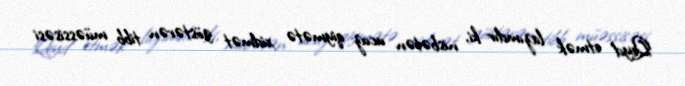
Qeyd etmək lazımdır ki, nisbətən ucuz qiymətə xidmət göstərən tibb müəssisəsi